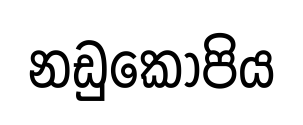
නඩුකොපිය